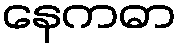
နေကဓာ